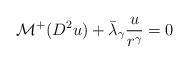
LaTeX: \begin{align*}{\cal M}^+( D^2 u) + \bar\lambda_\gamma { u \over r^\gamma}=0\end{align*}